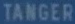
TANGER